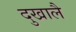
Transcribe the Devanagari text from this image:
दुखालै